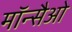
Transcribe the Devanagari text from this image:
मॉन्सैओ